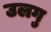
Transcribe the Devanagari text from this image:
उलगु